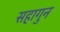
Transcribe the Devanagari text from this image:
सहागुन